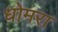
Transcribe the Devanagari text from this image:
धोमरा